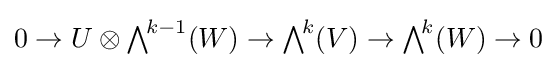
0\to U\otimes {\textstyle \bigwedge }^{\!k-1}(W)\to {\textstyle \bigwedge }^{\!k}(V)\to {\textstyle \bigwedge }^{\!k}(W)\to 0